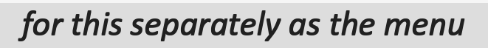
for this separately as the menu